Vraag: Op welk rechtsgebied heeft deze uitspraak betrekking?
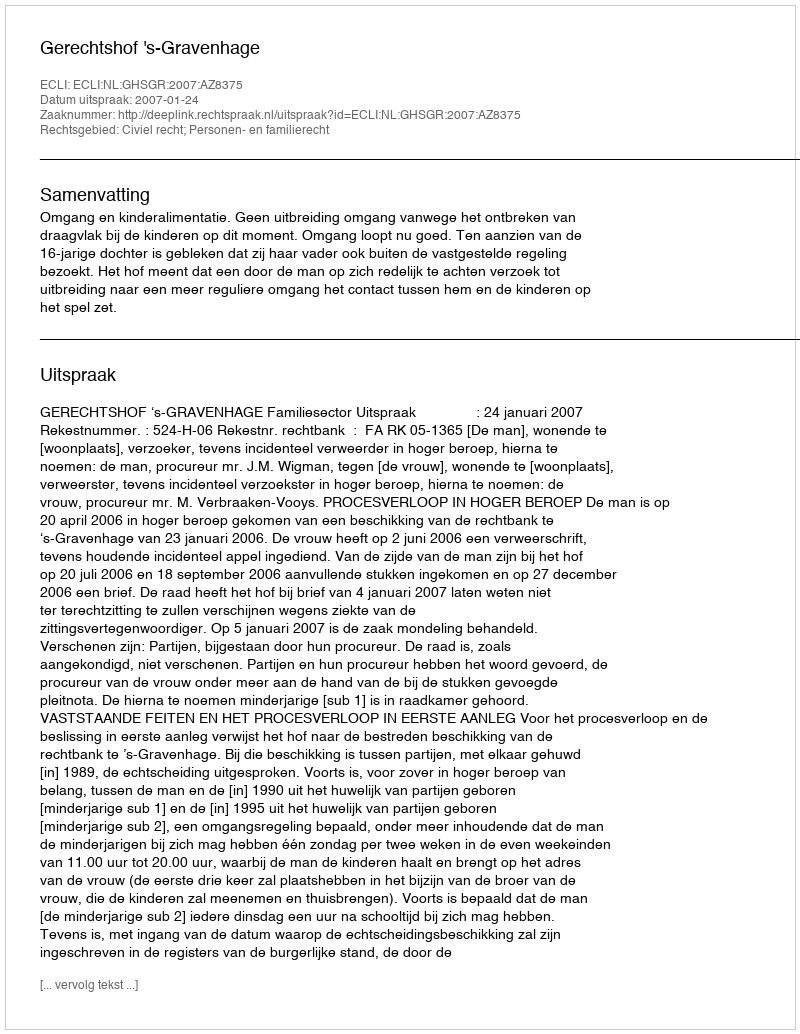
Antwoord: Civiel recht; Personen- en familierecht